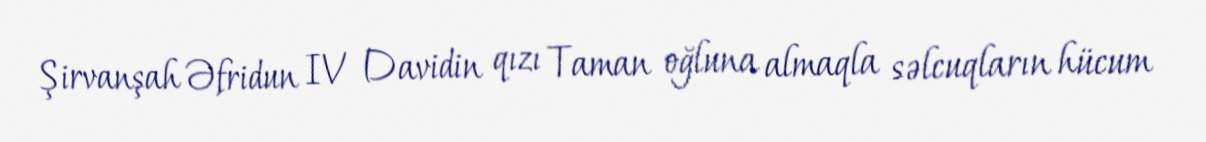
Şirvanşah Əfridun IV Davidin qızı Taman oğluna almaqla səlcuqların hücum